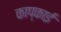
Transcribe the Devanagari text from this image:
काप्काई